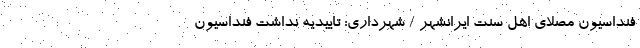
فنداسیون مصلای اهل سنت ایرانشهر / شهرداری: تاییدیه نداشت فنداسیون